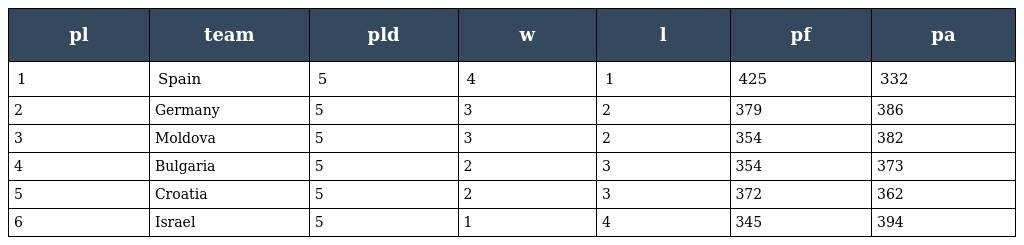
| pl | team | pld | w | l | pf | pa |
 | --- | --- | --- | --- | --- | --- | --- |
 | 1 | Spain | 5 | 4 | 1 | 425 | 332 |
 | 2 | Germany | 5 | 3 | 2 | 379 | 386 |
 | 3 | Moldova | 5 | 3 | 2 | 354 | 382 |
 | 4 | Bulgaria | 5 | 2 | 3 | 354 | 373 |
 | 5 | Croatia | 5 | 2 | 3 | 372 | 362 |
 | 6 | Israel | 5 | 1 | 4 | 345 | 394 |